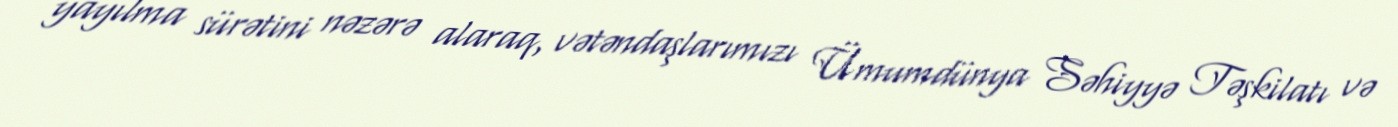
yayılma sürətini nəzərə alaraq, vətəndaşlarımızı Ümumdünya Səhiyyə Təşkilatı və